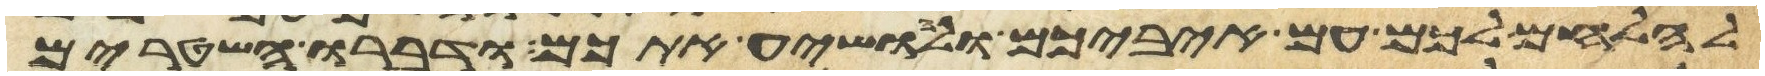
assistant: להלחם לכם עם איביכם ולהושיע אתכם ודברו השטרים